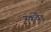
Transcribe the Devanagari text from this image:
स्कवैड